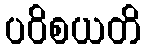
ပဝိစယတိ